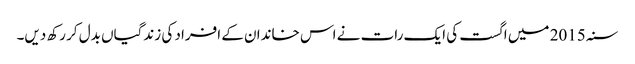
سنہ 2015 میں اگست کی ایک رات نے اس خاندان کے افراد کی زندگیاں بدل کر رکھ دیں۔